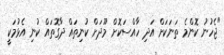
"ޖެހުނު ކޮންމެ ތަނަކަށް އަދި ހާއްސަކޮށް މޫދަށް ކުނިތައް ދާގޮތައް ކުނި އެޅުމަކީ